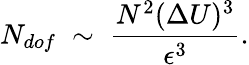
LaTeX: N_{dof}\; \sim\; \frac{N^{2}(\Delta U)^{3}}{\epsilon^{3}}.